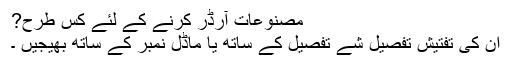
مصنوعات آرڈر کرنے کے لئے کس طرح?
ان کی تفتیش تفصیل شے تفصیل کے ساتھ یا ماڈل نمبر کے ساتھ بھیجیں ۔